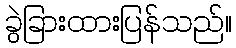
ခွဲခြားထားပြန်သည်။